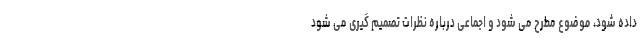
داده شود، موضوع مطرح می شود و اجماعی درباره نظرات تصمیم گیری می شود